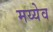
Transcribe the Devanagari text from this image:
मय्येव